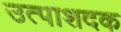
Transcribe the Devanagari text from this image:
उत्पाशदक